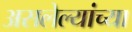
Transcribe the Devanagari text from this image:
असलेल्यांच्या